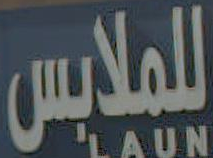
للملابس